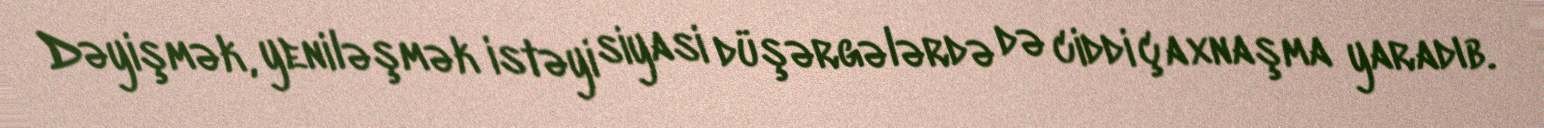
Dəyişmək, yeniləşmək istəyi siyasi düşərgələrdə də ciddi çaxnaşma yaradıb.